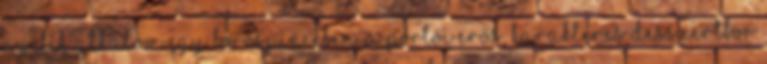
nyílik alkalom egy borospincében. A portói erős, karakteres desszertbor